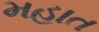
મહાત